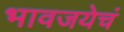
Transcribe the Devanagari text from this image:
भावजयेचं